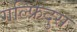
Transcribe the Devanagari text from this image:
गल्फ्रिदुस